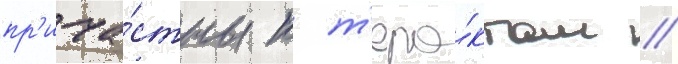
пр'ича́стны к т'ера́ктам //